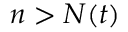
\textstyle n > N ( t )